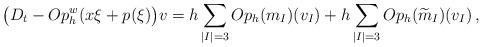
LaTeX: \begin{align*} \big(D_t - Op_h^w(x \xi + p(\xi)\big)v = h \sum_{|I|=3} Op_h(m_I)(v_I) + h \sum_{|I|=3}Op_h(\widetilde{m}_I)(v_I) \, , \end{align*}